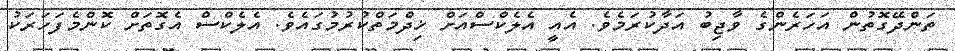
ތަންދޭގޮތުން އަހަރެންގެ ވާޖިބު އަދާކުރަމެވެ. އެއީ އެލެކްސްއަށް ޚިދްމަތްކުރުމުގައެވެ. އެލެކްސް އެގޮތަށް ކޮންމެފަހަރަކު